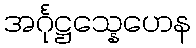
အင်္ဂုဋ္ဌသ္နေဟေန